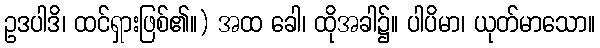
ဥဒပါဒိ၊ ထင်ရှားဖြစ်၏။) အထ ခေါ၊ ထိုအခါ၌။ ပါပိမာ၊ ယုတ်မာသော။